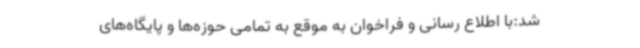
شد:با اطلاع رسانی و فراخوان به موقع به تمامی حوزه‌ها و پایگاه‌های